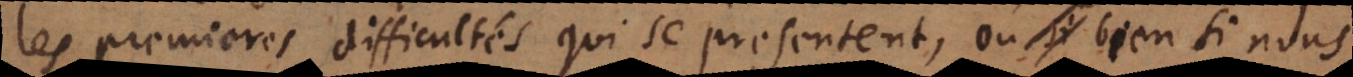
les premieres difficultés qui se presentent, ou bien si nous